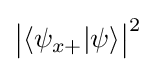
{\big |}\langle \psi _{x+}|\psi \rangle {\big |}^{2}